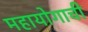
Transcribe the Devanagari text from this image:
महायोगाची